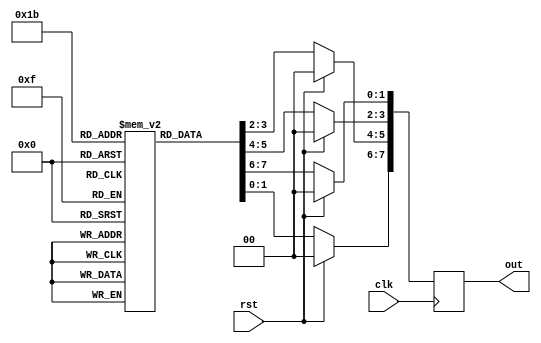
module proc_source_arrayed_sig_swpd_addr(
	input clk,
	input rst,
	output reg [7:0] out
);	
	
	reg [1:0] mem [3:0];

	always @(posedge clk) begin
		if (rst) begin
			out <= 8'b00000000;
		end
		else begin
			out[1:0] <= mem[0];
			out[3:2] <= mem[1];
			out[5:4] <= mem[2];
			out[7:6] <= mem[3];
		end
	end

endmodule